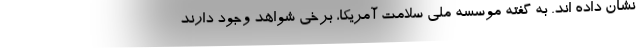
نشان داده اند. به گفته موسسه ملی سلامت آمریکا، برخی شواهد وجود دارند